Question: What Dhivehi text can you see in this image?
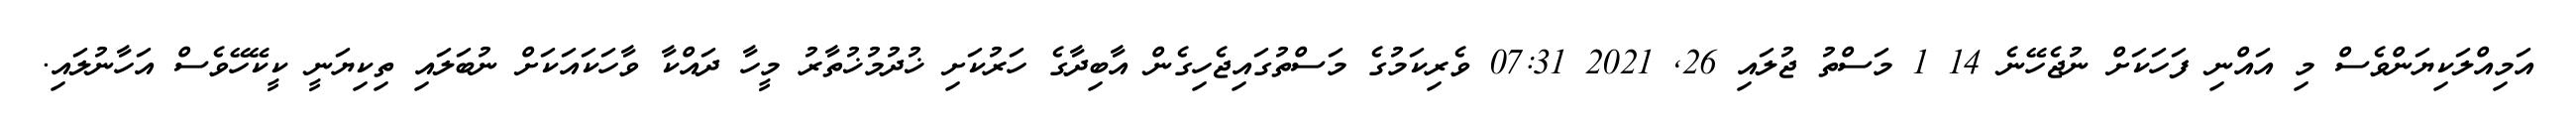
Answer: އަމިއްލަކިޔަންވެސް މި އައްނި ފަހަކަށް ނުޖެހޭނެ 14 1 މަސްތު ޖުލައި 26, 2021 07:31 ވެރިކަމުގެ މަސްތުގައިޖެހިގެން އާބިދާގެ ހަރުކަށި ޚުދުމުޚުތާރު މީހާ ދައްކާ ވާހަކައަކަށް ނުބަލައި ތިކިޔަނީ ކީކޭހޭވެސް އަހާނުލައި.